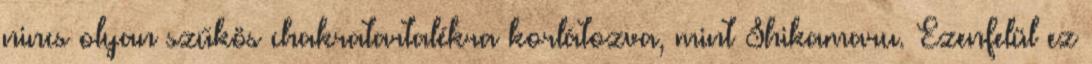
nincs olyan szűkös chakratartalékra korlátozva, mint Shikamaru. Ezenfelül ez